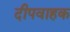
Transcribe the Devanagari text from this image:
दीपवाहक